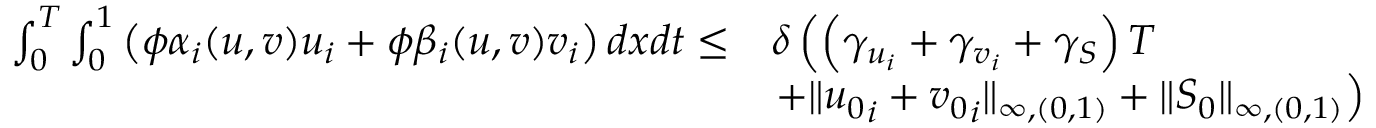
\begin{array} { r l } { \int _ { 0 } ^ { T } \int _ { 0 } ^ { 1 } \left( \phi \alpha _ { i } ( u , v ) u _ { i } + \phi \beta _ { i } ( u , v ) v _ { i } \right) d x d t \le } & { \delta \left( \left( \gamma _ { u _ { i } } + \gamma _ { v _ { i } } + \gamma _ { S } \right) T \right. } \\ & { \left. + \| { u _ { 0 } } _ { i } + { v _ { 0 } } _ { i } \| _ { \infty , ( 0 , 1 ) } + \| S _ { 0 } \| _ { \infty , ( 0 , 1 ) } \right) } \end{array}